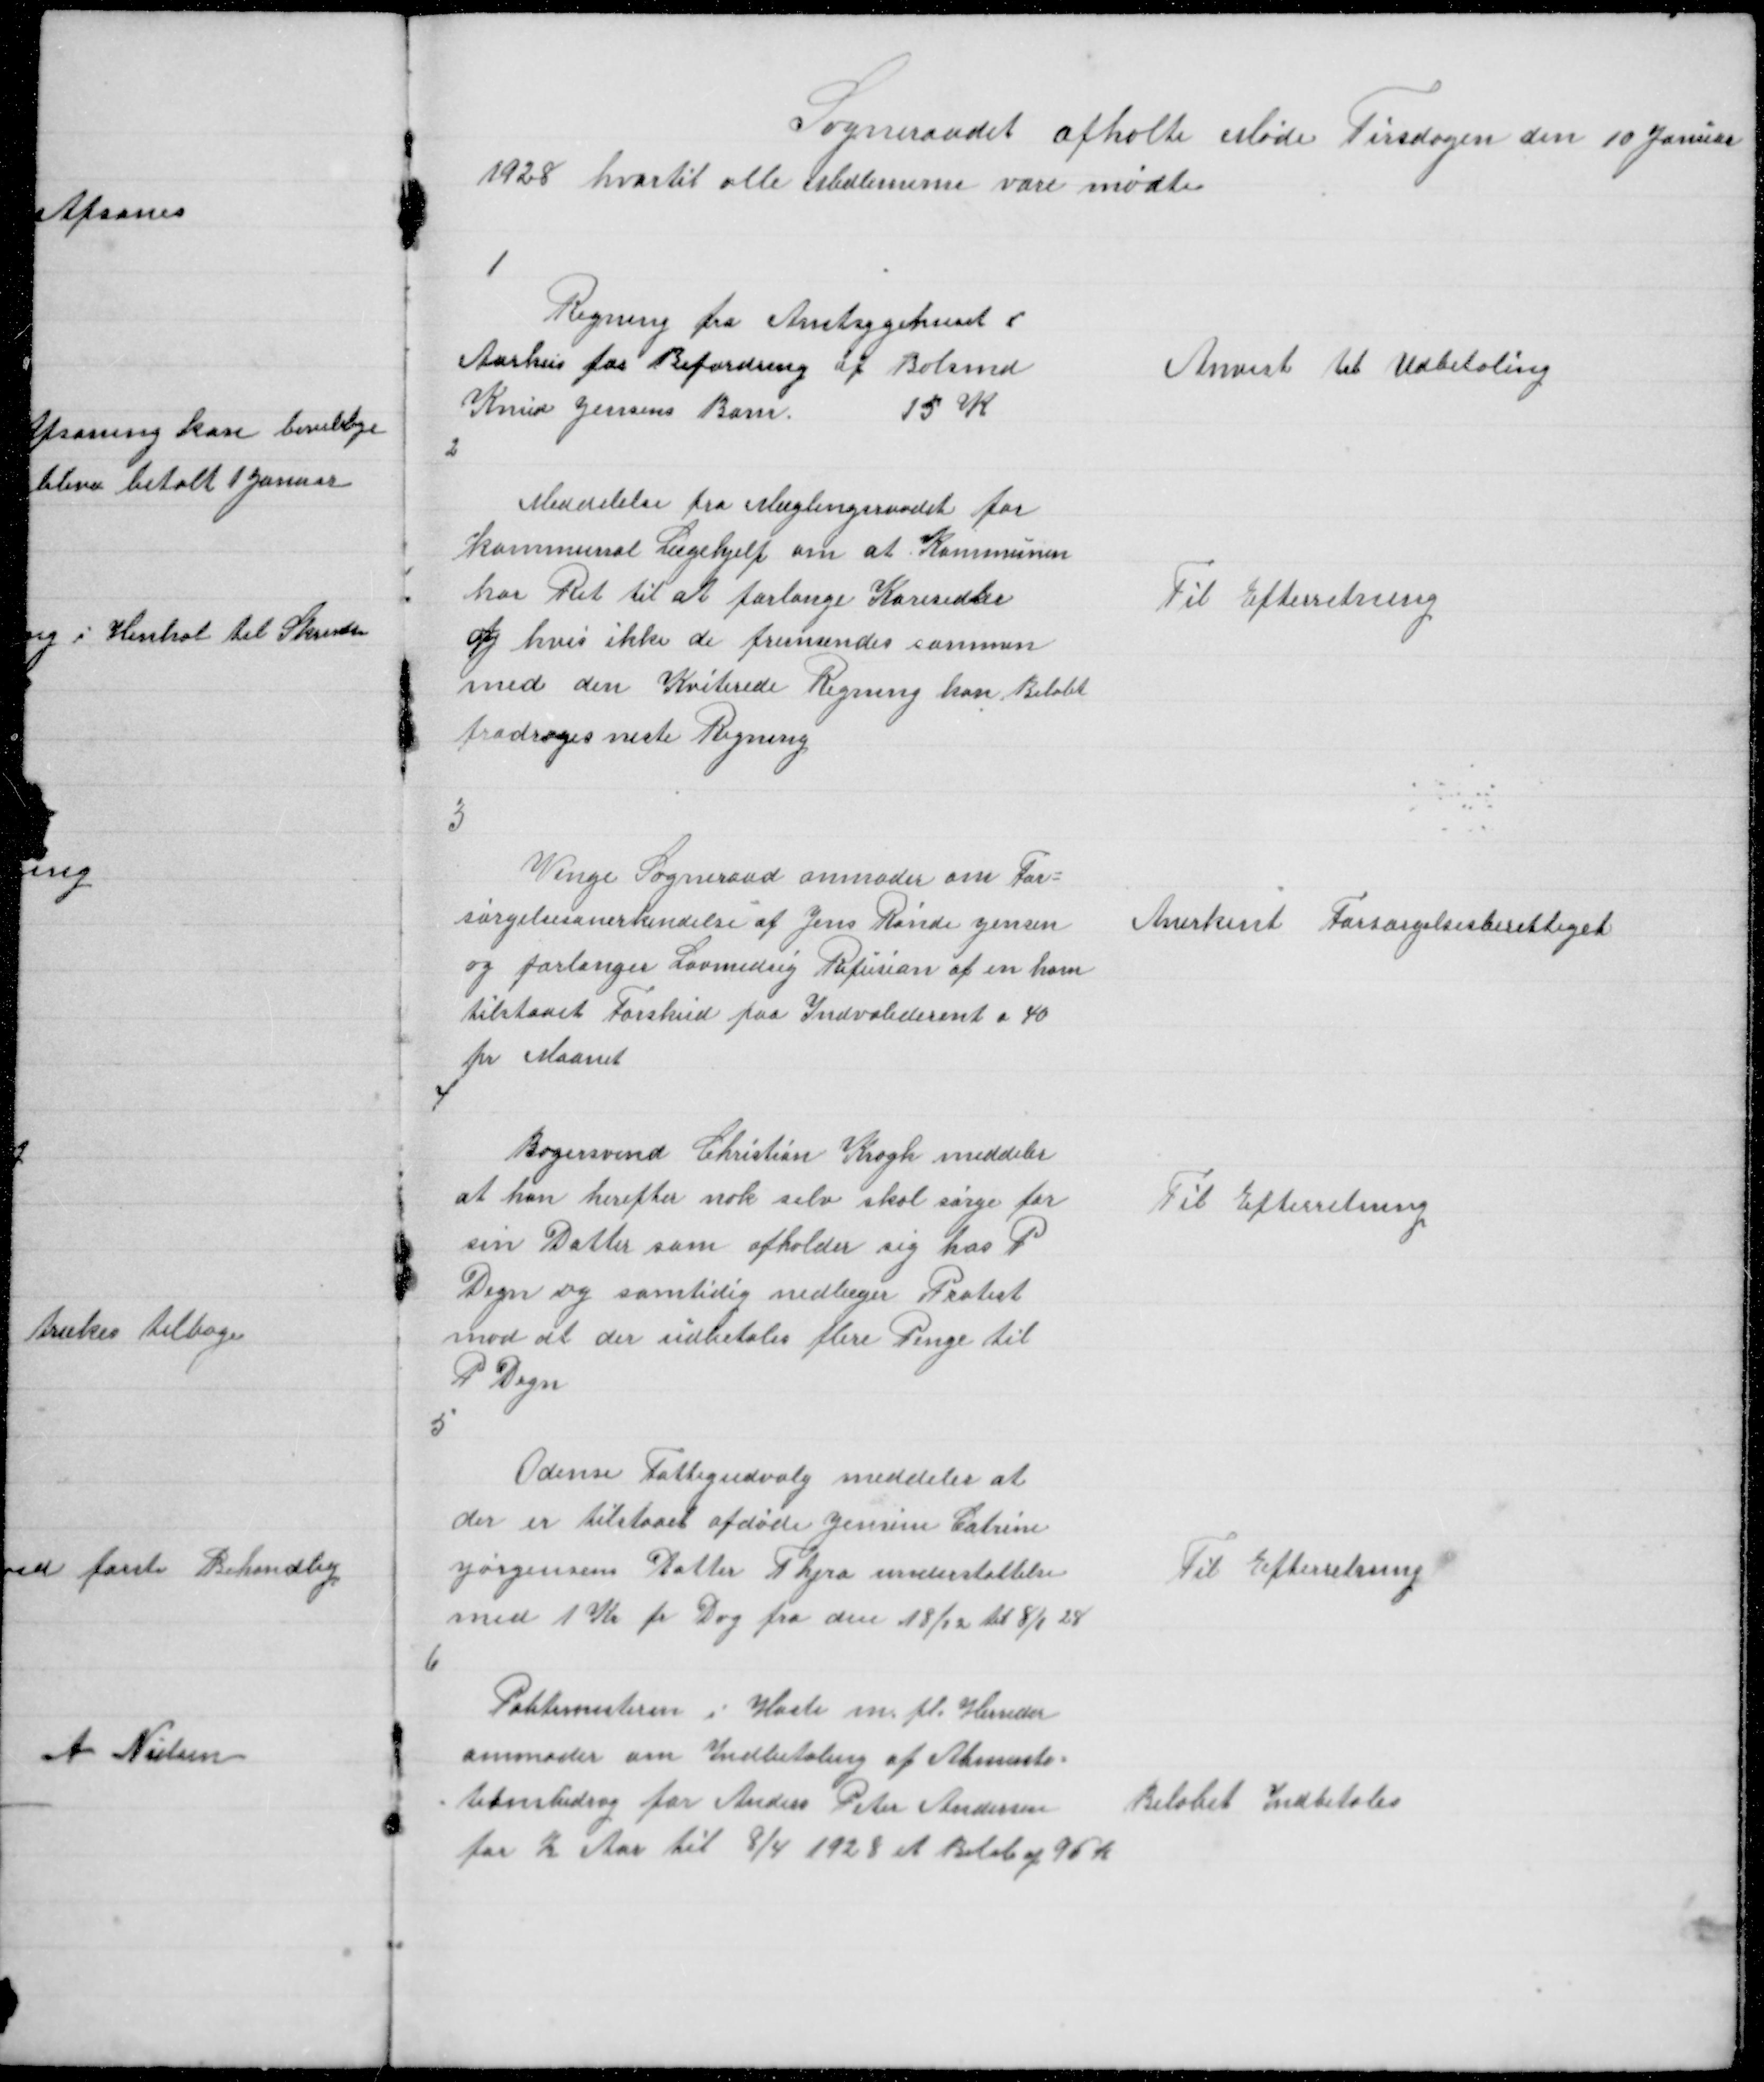
Transskription:
Sogneraadet afholte Møde Tirsdagen den 10 Januar
1928 hvortil alle Medlemerne vare mødte

1

Regning fra Amtsygehuset i
Aarhus for Befordring af Bolsmd
Knud Jensens Barn
15 k

Anvist til Udbetaling

2

Meddelelse fra Mæglingsraadet for
kommunal Lægehjelp om at Kommunen
har Ret til at forlange Køresedler
og hvis ikke de fremsendes sammen
med den Kviterede kan Beløbt
fradrages neste Regning

Til Efterretning

3

Venge Sogneraad anmoder om For =
sørgelsesanerkendelse af Jens Rønde Jensen
og forlange Lovmedsig Refusion af en ham
tilstaaet Forskud paa Indvaliderent a 40
pr Maanet

Anerkent Forsørgelsesberettiget

4

Bagersvend Christian Krogh meddeler
at han herefter nok selv skal sørge for
sin Datter som opholder sig hos P
Degn og samtidig nedlæger Protest
mod at der indbetales flere Penge til
P Degn

Til Efterretning

5

Odense Fattigudvalg meddeler at
der er tilstaaet afdøde Jensine Catrine
Jørgensens Datter Thyra understøttelse
med 1 Kr pr Dag fra den 18/12 til 8/1 28

Til Efterretning

6

Politimesteren i Hasle m. fl. Herreder
anmoder om Indbetaling af Alimenta =
= tionsbidrag for Anders Peter Andersen
for ½ Aar til 8/4 1928 et Beløb af 96 K

Beløbet Indbetales